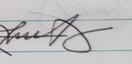
Signature authenticity: genuine